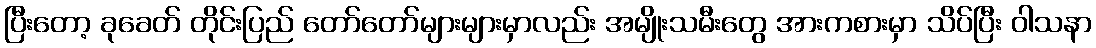
ပြီးတော့ ခုခေတ် တိုင်းပြည် တော်တော်များများမှာလည်း အမျိုးသမီးတွေ အားကစားမှာ သိပ်ပြီး ဝါသနာ